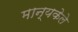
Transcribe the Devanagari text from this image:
मान्यकेले